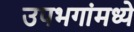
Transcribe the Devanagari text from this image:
उपभगांमध्ये